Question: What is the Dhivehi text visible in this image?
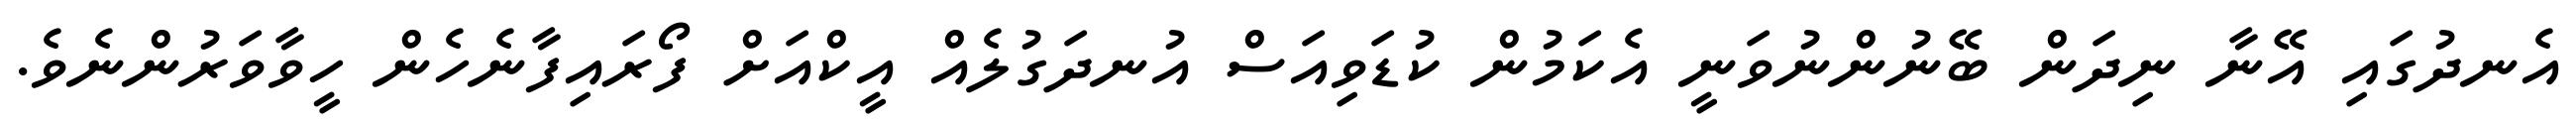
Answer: އެނދުގައި އޭނާ ނިދަން ބޭނުންނުވަނީ އެކަމުން ކުޑަވިއަސް އުނދަގުލެއް އީކްއަށް ފޯރައިފާނެހެން ހީވާވަރުންނެވެ.